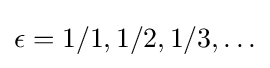
{\textstyle \epsilon =1/1,1/2,1/3,\dots }